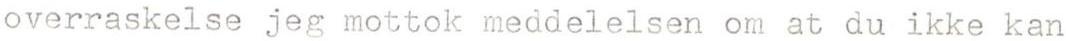
overraskelse jeg mottok meddelelsen om at du ikke kan